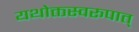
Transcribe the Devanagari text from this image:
यथोक्तस्वरूपात्‌